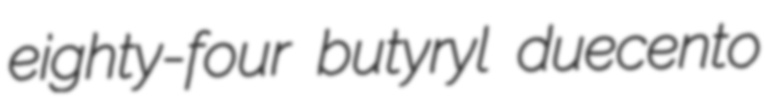
eighty-four butyryl duecento